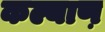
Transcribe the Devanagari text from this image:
कल्याण़